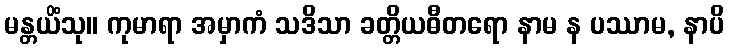
မန္တယိံသု။ ကုမာရာ အမှာကံ သဒိသာ ခတ္တိယဓီတရော နာမ န ပဿာမ, နာပိ